Medical and sanitary report of the native army of Bengal for the year
Year: 1877
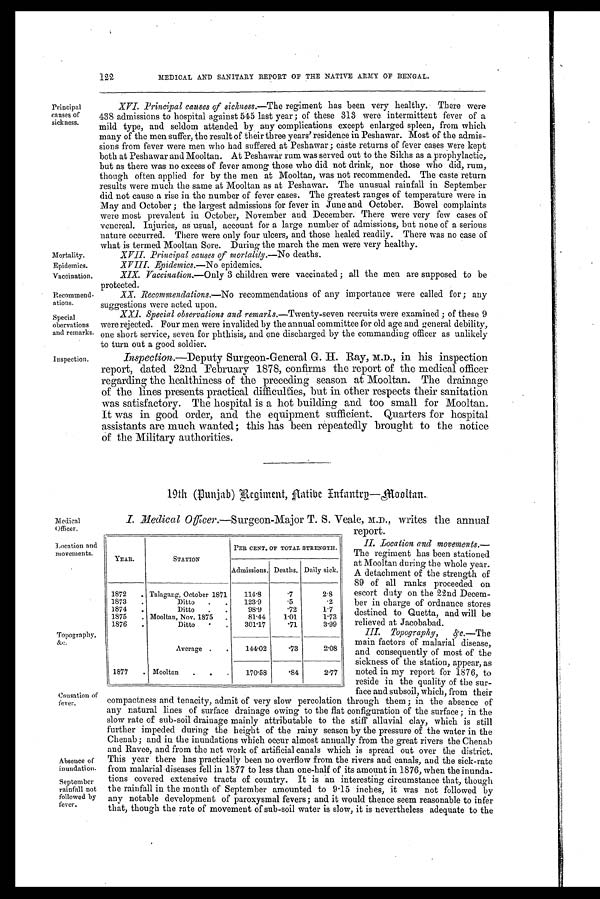
Mortality.
Epidemics.
Vaccination.
Recommend-
ations.
Special
obervations
and remarks.
Inspection.
122
MEDICAL AND SANITARY REPORT OF THE NATIVE ARMY OF BENGAL.
Principal
causes of
sickness.
XVI. Principal causes of sickness.—The regiment has been very healthy. There were
438 admissions to hospital against 545 last year; of these 313 were intermittent fever of a
mild type, and seldom attended by any complications except enlarged spleen, from which
many of the men suffer, the result of their three years' residence in Peshawar. Most of the admis-
sions from fever were men who bad suffered at Peshawar; caste returns of fever cases were kept
both at Peshawar and Mooltan. At Peshawar rum was served out to the Sikhs as a prophylactic,
but as there was no excess of fever among those who did not drink, nor those who did, rum,
though often applied for by the men at Mooltan, was not recommended. The caste return
results were much the same at Mooltan as at Peshawar. The unusual rainfall in September
did not cause a rise in the number of fever cases. The greatest ranges of temperature were in
May and October; the largest admissions for fever in June and October. Bowel complaints
were most prevalent in October, November and December. There were very few cases of
venereal. Injuries, as usual, account for a large number of admissions, but none of a serious
nature occurred. There were only four ulcers, and those healed readily. There was no case of
what is termed Mooltan Sore. During the march the men were very healthy.
XVII. Principal causes of mortality.—No deaths.
XVIII. Epidemics.—No epidemics.
XIX. Vaccination.—Only 3 children were vaccinated; all the men are supposed to be
protected.
X.X. Recommendations.—No recommendations of any importance were called for; any
suggestions were acted upon.
XXI. Special observations and remarks.—Twenty-seven recruits were examined; of these 9
were rejected. Four men were invalided by the annual committee for old age and general debility,
one short service, seven for phthisis, and one discharged by the commanding officer as unlikely
to turn out a good soldier.
Inspection.—Deputy Surgeon-General G. H. Ray, M.D., in his inspection
report, dated 22nd February 1878, confirms the report of the medical officer
regarding the healthiness of the preceding season at Mooltan. The drainage
of the lines presents practical difficulties, but in other respects their sanitation
was satisfactory. The hospital is a hot building and too small for Mooltan.
It was in good order, and the equipment sufficient. Quarters for hospital
assistants are much wanted; this has been repeatedly brought to the notice
of the Military authorities.
19th (Punjab) Regiment, Aatibe Infantry—Mooltan.
Medical
Officer.
Location and
movements.
Topography, &c.
Causation of
fever.
Absence of
inundation.
September
rainfall not
followed by
fever.
I. Medical Officer.—Surgeon-Major T. S. Veale, M.D., writes the annual
report.
II. Location and movements.—
The regiment has been stationed
at Mooltan during the whole year.
A detachment of the strength of
89 of all ranks proceeded on
escort duty on the 22nd Decem-
ber in charge of ordnance stores
destined to Quetta, and will be
relieved at Jacobabad.
I I I . T o p o g r a p h y , &c . —T h e
main factors of malarial disease,
and consequently of most of the
sickness of the station, appear, as
noted in my report for 1876, to
reside in the quality of the sur-
face and subsoil, which, from their
compactness and tenacity, admit of very slow percolation through them; in the absence of
any natural lines of surface drainage owing to the flat configuration of the surface; in the
slow rate of sub-soil drainage mainly attributable to the stiff alluvial clay, which is still
further impeded during the height of the rainy season by the pressure of the water in the
Chenab; and in the inundations which occur almost annually from the great rivers the Chenab
and Ravee, and from the net work of artificial canals which is spread out over the district.
This year there has practically been no overflow from the rivers and canals, and the sick-rate
from malarial diseases fell in 1877 to less than one-half of its amount in 1876, when the inunda-
tions covered extensive tracts of country. It is an interesting circumstance that, though
the rainfall in the month of September amounted to 9.15 inches, it was not followed by
any notable development of paroxysmal fevers; and it would thence seem reasonable to infer
that, though the rate of movement of sub-soil water is slow, it is nevertheless adequate to the
YEAR.
STATION
PER CENT. OF TOTAL STRENGTH.
Admissions. Deaths. Daily sick.
1872
. Talagang, October 1871
114.8
. 7 2.8
1873
.
Ditto
.
.
123.9
. 5
.2
1874
.
Ditto
.
.
98.9
. 7 2 1.7
1875
. Mooltan, Nov. 1875
.
81.44
1.01
1.73
1876
.
Ditto
301.17
. 7 1 3.99
Average .
144.02
.73
2.08
1877
. Mooltan
170.58
. 8 4 2.77